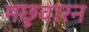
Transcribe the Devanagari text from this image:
मछुवारन